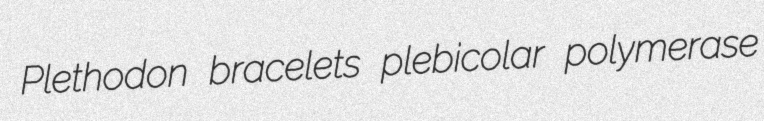
Plethodon bracelets plebicolar polymerase